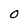
Character: 0